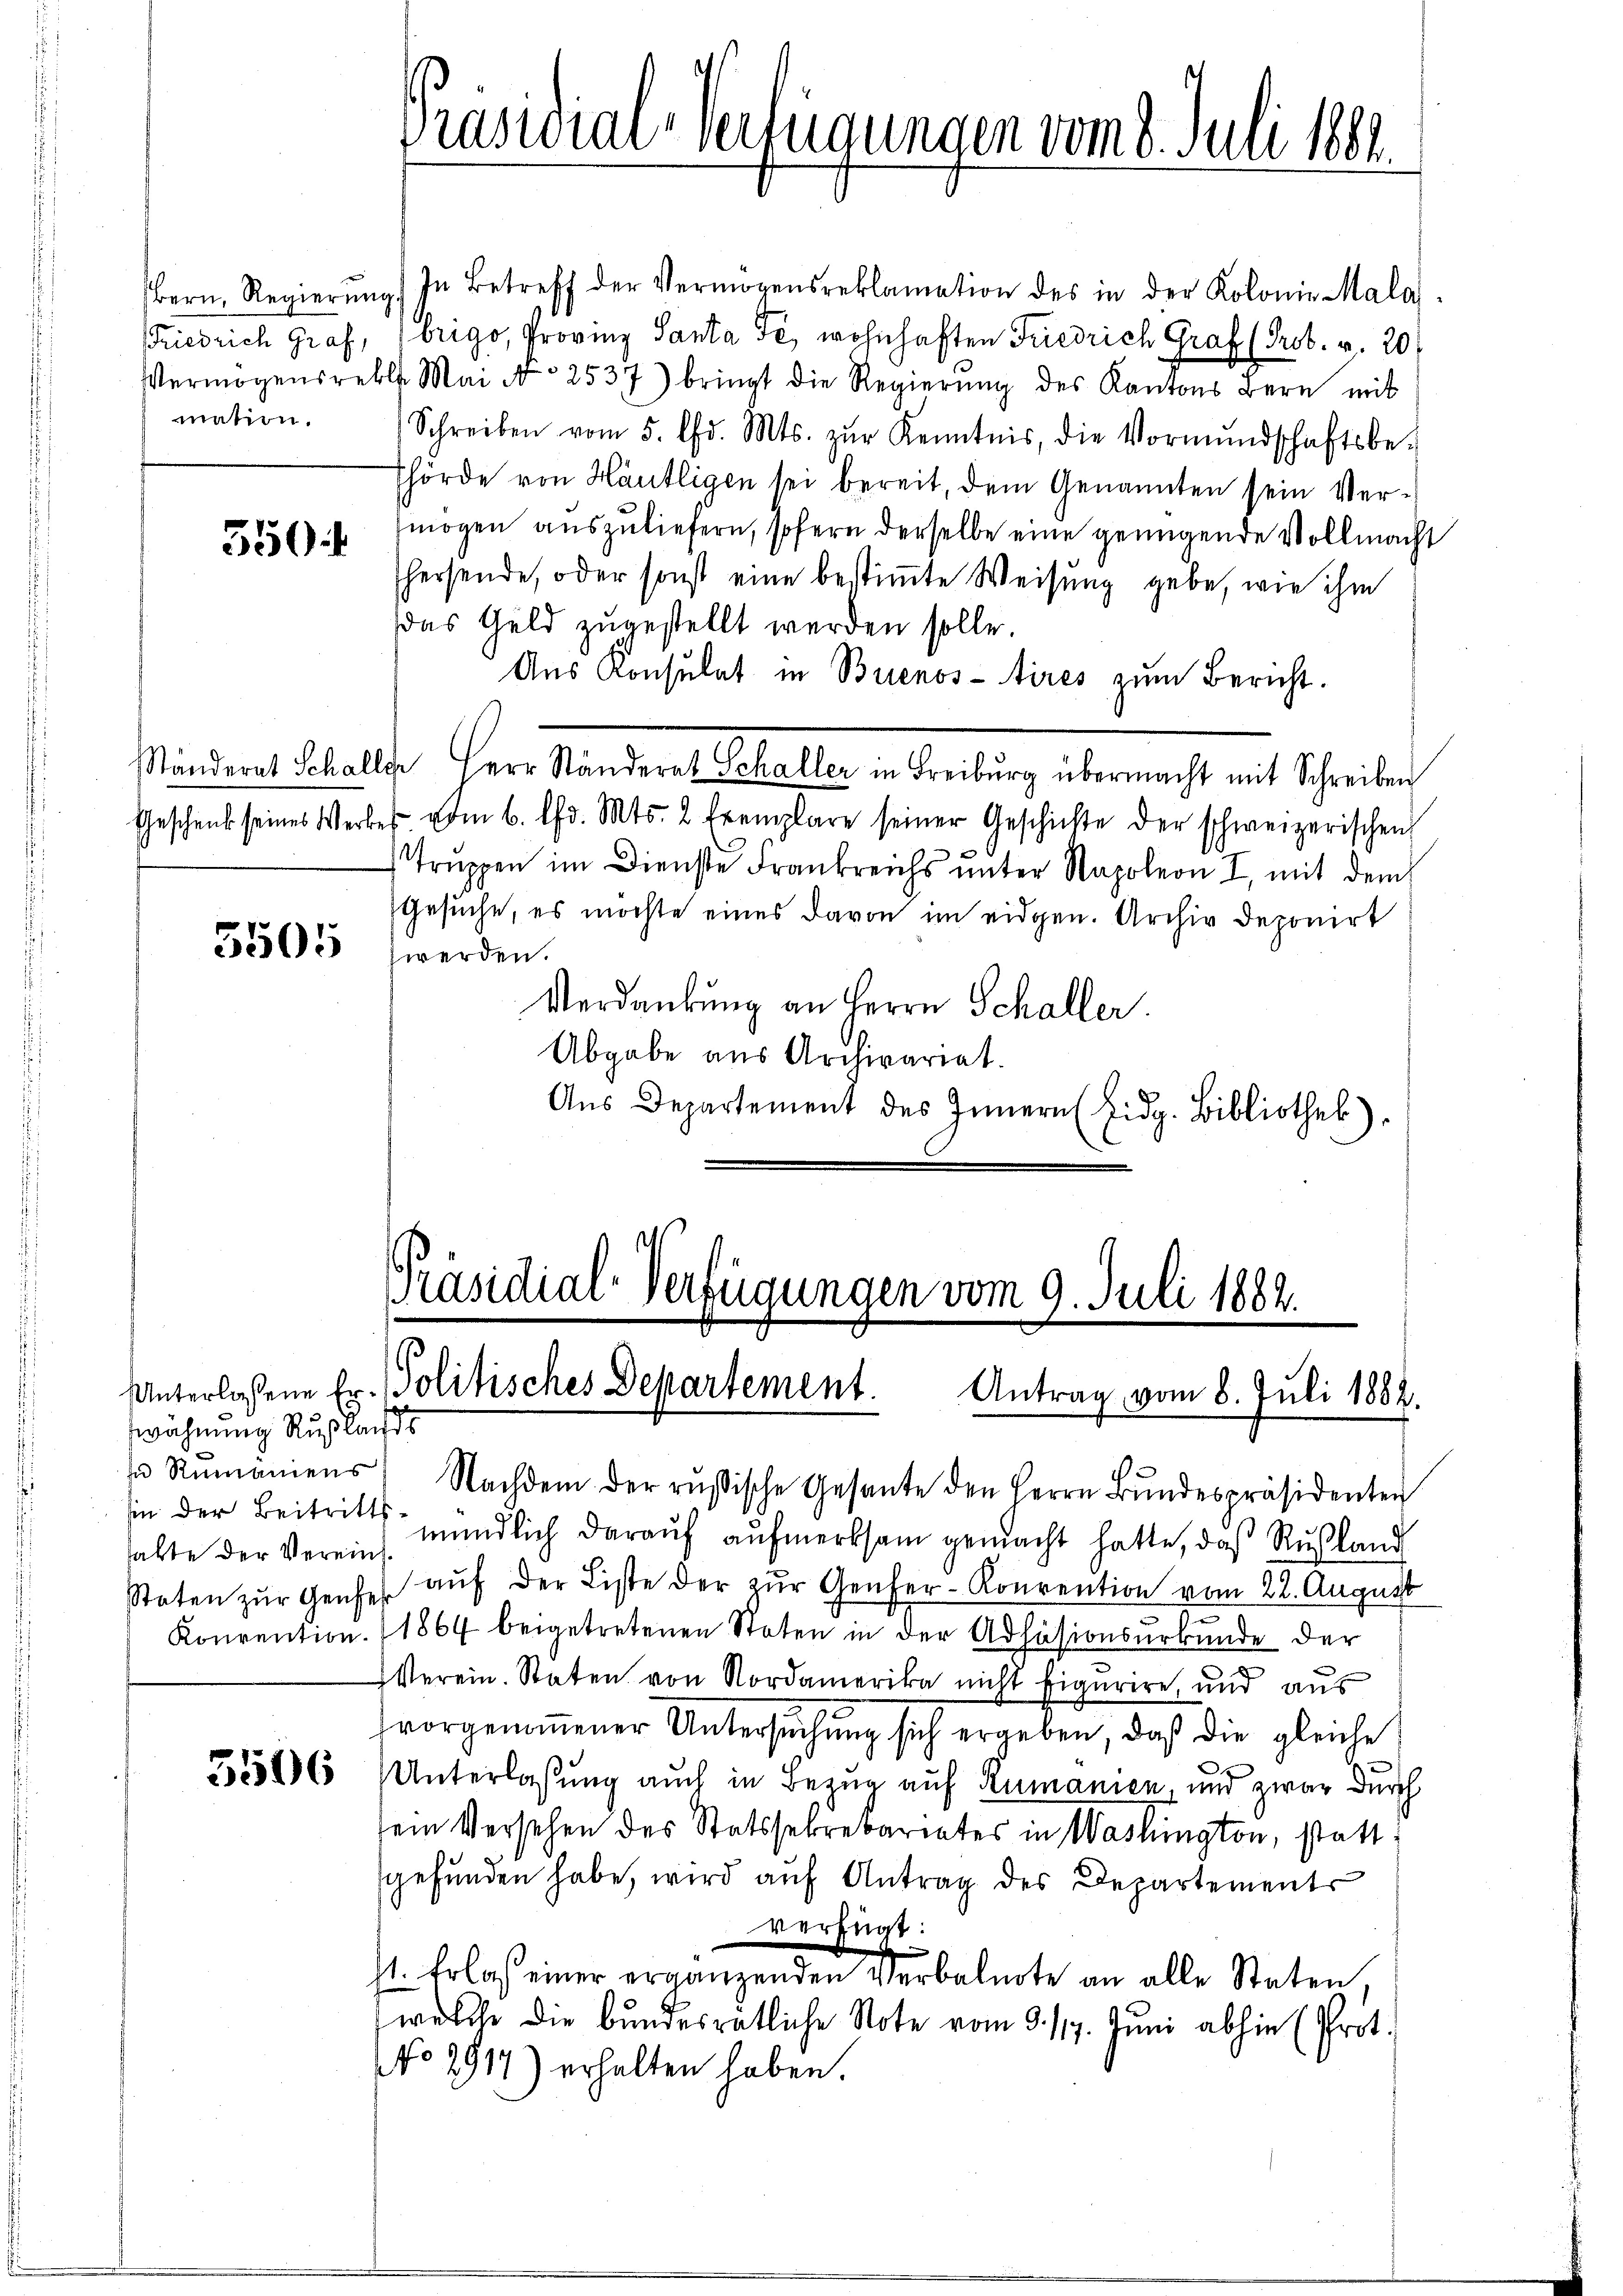
Friedrich Graf,
mation.

550.

5505

wähnung Rußland
sin der Beitritts.
hatte der Vereint.

3506

Präsidial-Verfügungen vom 8. Juli 1881.

Bern Regierŭng. In Betreff der Vermögensreklamation des in der Kolonie Malaf
brigo, Provinz Santa de, wohnhaften Friedrich Graf (Prob. v. 20
Vermögensrebl. Mai A 2537) bringt die Regierŭng des Kantons Bern mit
Schreiben vom 5. Chr. Mts. zŭr Kenntnis, die Vormŭndschaftsbe-
hörde von Häufligen sei bereit, dem Genannten sein Vermögen auszuliefern, sofern derselbe eine genügende Vollmacht
hersende, oder sonst eine bestimte Weisung gebe, wie ihm
das Geld zugestellt werden solle.
Aus Konsulat in Buenos-Aires zum Bericht.
Ständen alle her Standen behalte Berling übermacht mit Scheiden
Geschenk seines Werkes vom 6. d. Mts. 2 Exemplare seiner Geschichte der schweizerischen
trŭppen im Dienste Frankreichs ŭnter Napoleon I, mit dem
Gesuche, es möchte eines davon im eidgen. Archiv deponirt
werden.
Verdankung an Herrn Schaller.
Abgabe aus Archivariat.
Aŭs Departement des Innern (Eidg. Bibliothek).

Präsidial-Verfügungen vom 9. Juli 1882.
Unterlassene Er. Politisches Departement. Antrag vom 8. Juli 1882.

u Rŭmäniens) Nachdem der rŭsische Gesante den Herrn Bŭndespräsidenten
mündlich darauf aufmerksam gemacht hatte, daß Rußland
Steten zŭr Genfes aŭf der Liste der zŭr Genfer-Konvention vom 22. August
Konvention. (1864 beigetretenen Stoten in der Adhäsionsurkunde der
Verein. Staten von Nordamerika nicht figurire, und aus
vorgenommener Untersuchung sich ergeben, daß die gleiche
Unterlassung auch in Bezug auf Rumanien, und zwar durch
sein Versehen des Statssekretariates in Washington, statt
gefŭnden habe, wird aŭf Antrag des Departements
verfügt:
s. Erlass einer ergängenden Verbalente an alle Staten,
welche die bundesrätliche Note vom 9. 117. Juni abhin (Prot.
NNo. 2917) erhalten haben.